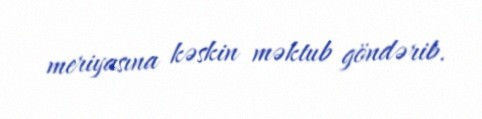
meriyasına kəskin məktub göndərib.